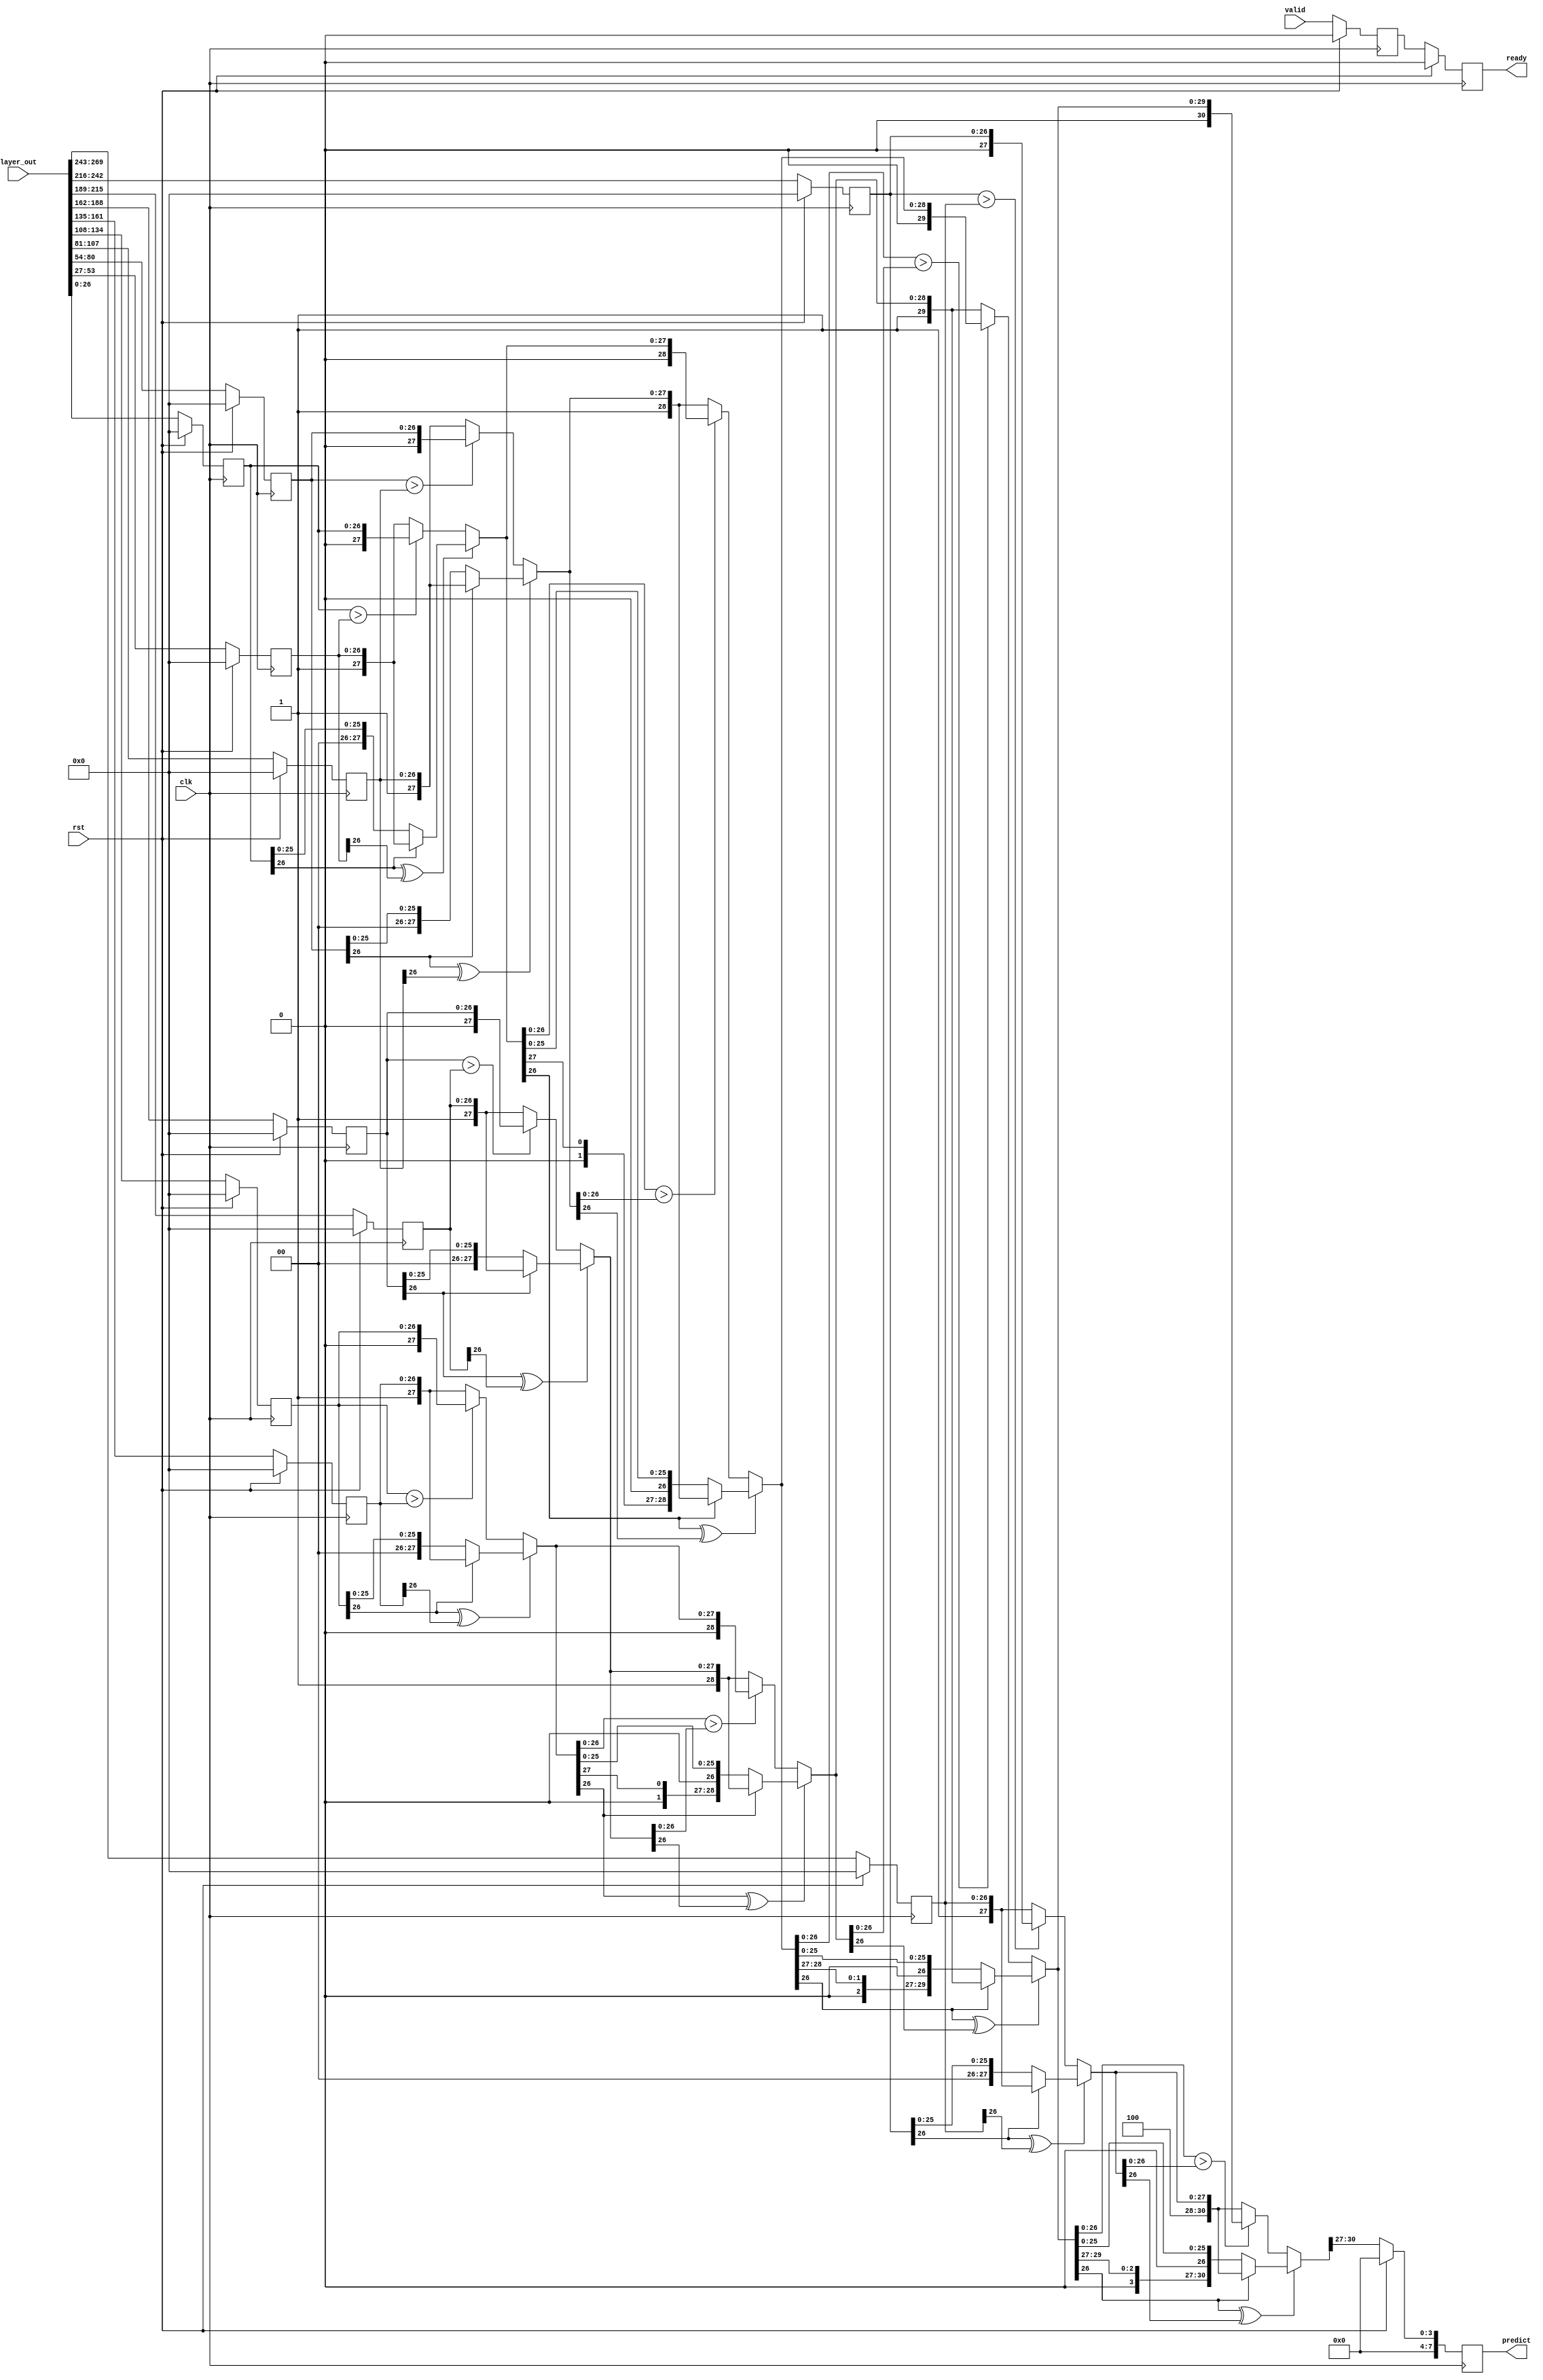
module comparator
(
input [27*10-1:0] layer_out,
input rst,
input clk,
input valid,
output  reg ready,
output reg [7:0] predict
);
parameter DATA_WIDTH=27;
reg [DATA_WIDTH-1: 0] result [0:9];
wire [4+DATA_WIDTH-1:0] com_re01,com_re23,com_re45,com_re67,com_re89;
reg ready_temp;
always@(posedge clk)
    begin
        if(rst)
            begin
                ready<=1'b0;
                ready_temp<=1'b0;
            end
        else
            begin
                ready_temp<=valid;
                ready<=ready_temp;
            end
    end
 
assign com_re01=(result[0][DATA_WIDTH-1]^result[1][DATA_WIDTH-1]) ? 
                                                        ((result[0][DATA_WIDTH-1]==1'b0)   ?   {4'd0,result[0]}:{4'd1,result[1]}):
                                                        ((result[0]>result[1]) ? {4'd0,result[0]}:{4'd1,result[1]});
assign com_re23=(result[2][DATA_WIDTH-1]^result[3][DATA_WIDTH-1]) ? 
                                                        ((result[2][DATA_WIDTH-1]==1'b0)   ?   {4'd2,result[2]}:{4'd3,result[3]}):
                                                        ((result[2]>result[3]) ? {4'd2,result[2]}:{4'd3,result[3]});
assign com_re45=(result[4][DATA_WIDTH-1]^result[5][DATA_WIDTH-1]) ? 
                                                        ((result[4][DATA_WIDTH-1]==1'b0)   ?   {4'd4,result[4]}:{4'd5,result[5]}):
                                                        ((result[4]>result[5]) ? {4'd4,result[4]}:{4'd5,result[5]});

assign com_re67=(result[6][DATA_WIDTH-1]^result[7][DATA_WIDTH-1]) ? 
                                                        ((result[6][DATA_WIDTH-1]==1'b0)   ?   {4'd6,result[6]}:{4'd7,result[7]}):
                                                        ((result[6]>result[7]) ? {4'd6,result[6]}:{4'd7,result[7]});
assign com_re89=(result[8][DATA_WIDTH-1]^result[9][DATA_WIDTH-1]) ? 
                                                        ((result[8][DATA_WIDTH-1]==1'b0)   ?   {4'd8,result[8]}:{4'd9,result[9]}):
                                                        ((result[8]>result[9]) ? {4'd8,result[8]}:{4'd9,result[9]});
wire [4+DATA_WIDTH-1:0] com_re01_23,com_re45_67,com_re0123_4567,com_re01234567_89;
assign com_re01_23=(com_re01[DATA_WIDTH-1]^com_re23[DATA_WIDTH-1])   ?
                                                        ((com_re01[DATA_WIDTH-1]==1'b0)  ?   com_re01:com_re23):
                                                        ((com_re01[DATA_WIDTH-1:0]>com_re23[DATA_WIDTH-1:0]) ?   com_re01:com_re23);
assign com_re45_67=(com_re45[DATA_WIDTH-1]^com_re67[DATA_WIDTH-1])   ?
                                                        ((com_re45[DATA_WIDTH-1]==1'b0)  ?   com_re45:com_re67):
                                                        ((com_re45[DATA_WIDTH-1:0]>com_re67[DATA_WIDTH-1:0]) ?   com_re45:com_re67);
assign com_re0123_4567=(com_re01_23[DATA_WIDTH-1]^com_re45_67[DATA_WIDTH-1])   ?
                                                        ((com_re01_23[DATA_WIDTH-1]==1'b0)  ?   com_re01_23:com_re45_67):
                                                        ((com_re01_23[DATA_WIDTH-1:0]>com_re45_67[DATA_WIDTH-1:0]) ?   com_re01_23:com_re45_67);
assign com_re01234567_89=(com_re0123_4567[DATA_WIDTH-1]^com_re89[DATA_WIDTH-1])   ?
                                                        ((com_re0123_4567[DATA_WIDTH-1]==1'b0)  ?   com_re0123_4567:com_re89):
                                                        ((com_re0123_4567[DATA_WIDTH-1:0]>com_re89[DATA_WIDTH-1:0]) ?   com_re0123_4567:com_re89);
integer i;
always@(posedge clk )
begin
    if(rst)
            begin
                for(i=0;i<10;i=i+1)
                    begin
                        result[i]<={27'b0};
                    end
                predict<=0;
            end
    else
    begin 
        predict <={4'b0,com_re01234567_89[4+DATA_WIDTH-1:4+DATA_WIDTH-1-3]};
       result[0]<=layer_out[26:0];
       result[1]<=layer_out[53:27];
       result[2]<=layer_out[80:54];
       result[3]<=layer_out[107:81];
       result[4]<=layer_out[134:108];
       result[5]<=layer_out[161:135];
       result[6]<=layer_out[188:162];
       result[7]<=layer_out[215:189];
       result[8]<=layer_out[242:216];
       result[9]<=layer_out[269:243];
    end
end
endmodule